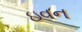
ઇવન